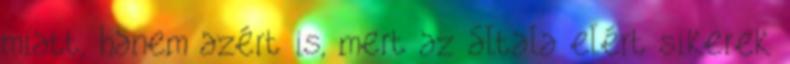
miatt, hanem azért is, mert az általa elért sikerek